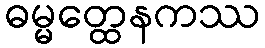
ဓမ္မတ္ထေနကဿ